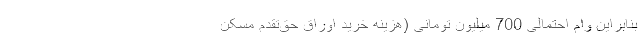
بنابراین وام احتمالی 700 میلیون تومانی (هزینه خرید اوراق حق‌تقدم مسکن